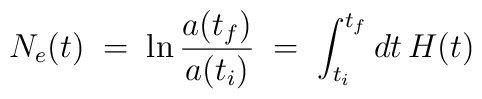
N_e(t)\; =\; \ln{a(t_f)\over a(t_i)} \;=\;\int_{t_i}^{t_f}dt\,H(t)